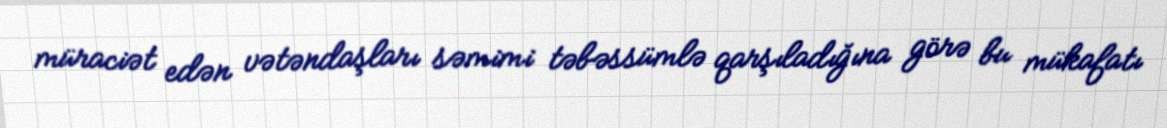
müraciət edən vətəndaşları səmimi təbəssümlə qarşıladığına görə bu mükafatı